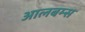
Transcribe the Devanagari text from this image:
आलबम्स